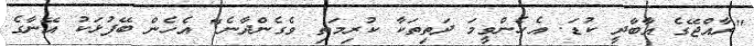
"ރާއްޖޭގެ އާބާދީ ކުޑަ. އެހެންވީމަ ދަތިތަކާ ކުރިމަތި ވެގެންދާނެ" އެހެން ބޭފުޅަކު އޭނާގެ